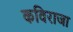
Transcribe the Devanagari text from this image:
कविराजा